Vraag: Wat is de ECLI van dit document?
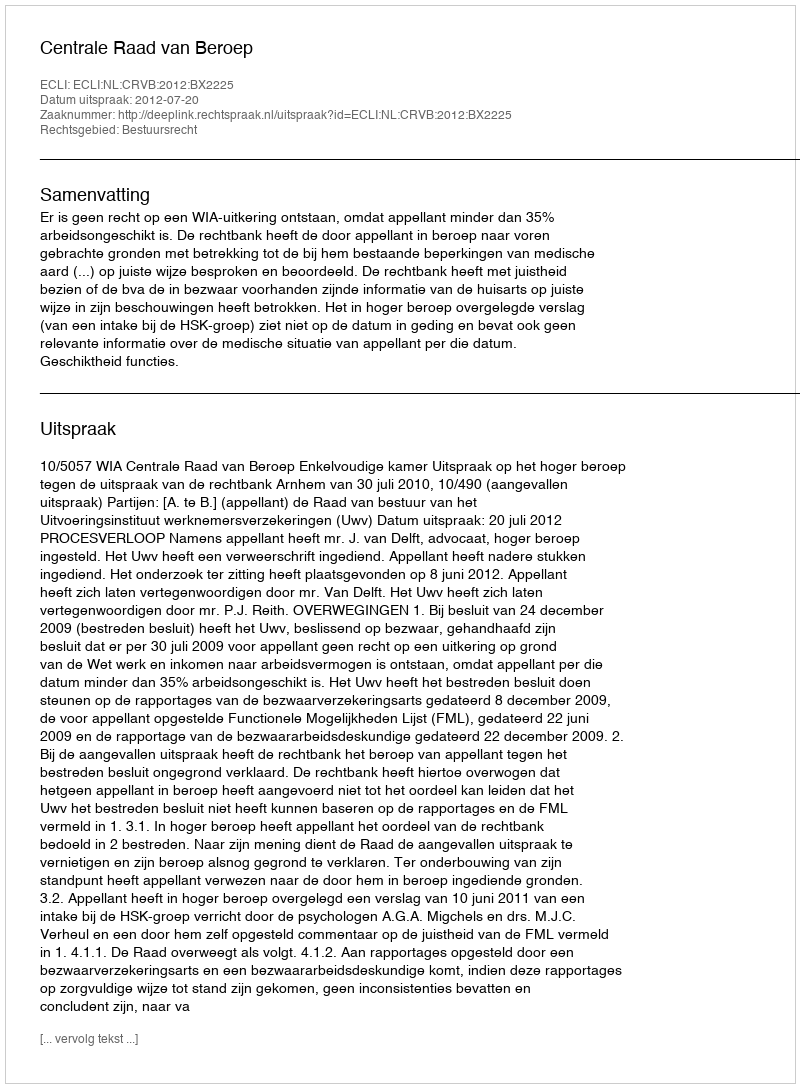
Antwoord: ECLI:NL:CRVB:2012:BX2225